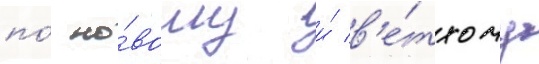
по́ но́вому и́ в'е́тхому